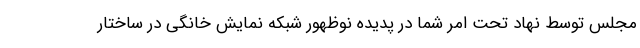
مجلس توسط نهاد تحت امر شما در پدیده نوظهور شبکه نمایش خانگی در ساختار